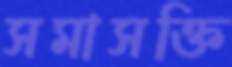
সমাসক্তি